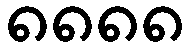
၈၈၈၈